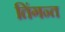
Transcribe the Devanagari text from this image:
तिंगन्त